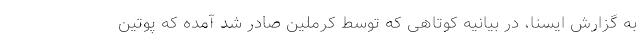
به گزارش ایسنا، در بیانیه کوتاهی که توسط کرملین صادر شد آمده که پوتین